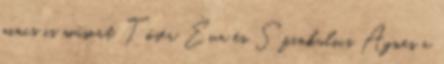
nincs is műsort, Tősér Éva és Szinkulics Ágnes a